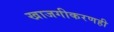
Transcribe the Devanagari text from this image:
खाजगीकरणही